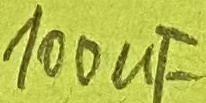
Text: 100µF